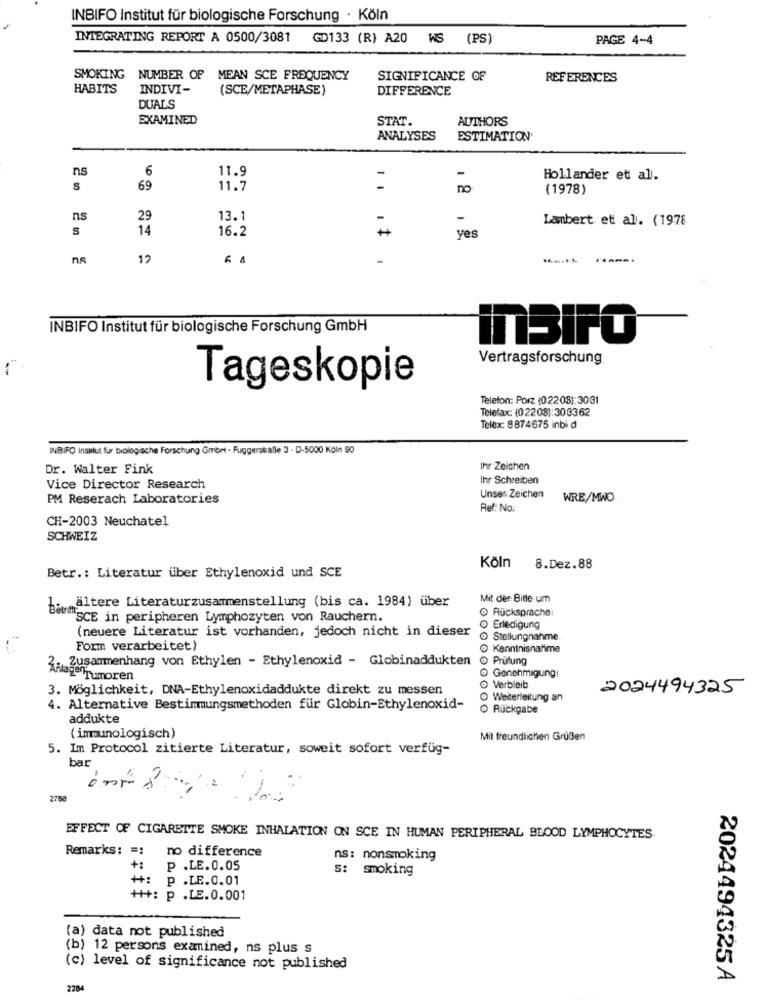
INBIFO Institut für biologische Forschung · Köln
INTEGRATING REPORT A 0500/3081 GD133 (R) A20 WS (PS)
PAGE 4-4
SMOKING NUMBER OF MEAN SCE FREQUENCY
SIGNIFICANCE OF
REFERENCES
HABITS
INDIVI-
(SCE/METAPHASE)
DIFFERENCE
DUALS
EXAMINED
STAT.
AUTHORS
ANALYSES
ESTIMATION'
ns
6
11.9
-
Hollander et al.
s
69
11.7
no
(1978)
ns
29
13.1
-
Lambert et al. (1978
14
16.2
yes
ns
12
-
INBIFO Institut für biologische Forschung GmbH
inBIFO
Vertragsforschung
Tageskopie
Telefon: Porz (02208): 3031
Telefax: (0 22 08): 30 33 62
Telex: 8874675 inbi d
INBIFO Insulut für biologische Forschung Gmont · Fuggerstialle 3 - D-5000 Köln 90
Dr. Walter Fink
Ihr Zeichen
Ihr Schreiben
Vice Director Research
PM Reserach Laboratories
Unser Zeichen
WRE/MWO
Ref: No:
CH-2003 Neuchatel
SCHWEIZ
Köln
8.Dez.88
Betr .: Literatur über Ethylenoxid und SCE
Mit der Bitte um
1.ältere Literaturzusammenstellung (bis ca. 1984) über
O Rücksprache:
"SCE in peripheren Lymphozyten von Rauchern.
(neuere Literatur ist vorhanden, jedoch nicht in dieser
o Erledigung
Stellungnahme
Form verarbeitet}
Kenntnisnahme
3. Zusammenhang von Ethylen - Ethylenoxid - Globinaddukten
@ Prüfung
nagelTumoren
Genehmigungi
3. Möglichkeit, DNA-Ethylenoxidaddukte direkt zu messen
Verbleib
2024494325
Weiterleitung an
4. Alternative Bestimmungsmethoden für Globin-Ethylenoxid-
O Rückgabe
addukte
(immunologisch)
Mit freundlichen Grußen
5. Im Protocol zitierte Literatur, soweit sofort verfüg-
bar
2788
EFFECT OF CIGARETTE SMOKE INHALATION ON SCE IN HUMAN PERIPHERAL BLOOD LYMPHOCYTES
Remarks: =: no difference
ns: nonsmoking
+:
p .LE.0.05
s: smoking
++: p .LE.0.01
+++: p .LE.0.001
(a) data not published
(b) 12 persons examined, ns plus s
(c) level of significance not published
2024494325 A
2284